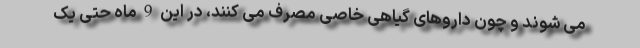
می شوند و چون داروهای گیاهی خاصی مصرف می کنند، در این 9 ماه حتی یک